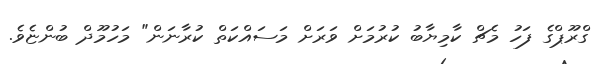
ގްރޫޕްގެ ފަހު މެޗް ކާމިޔާބު ކުރުމަށް ވަރަށް މަސައްކަތް ކުރާނަން" މަހުމޫދް ބުންޏެވެ.